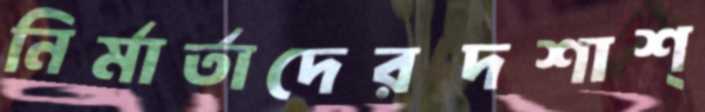
নির্মার্তাদেরদশাশ্